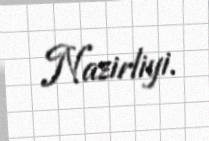
Nazirliyi.